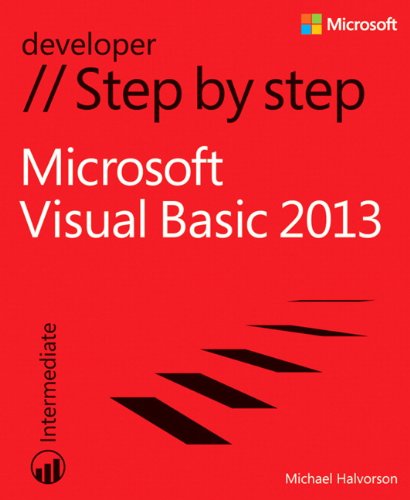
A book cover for Microsoft Visual Basic 2013 Step by Step (Step by Step Developer); Michael Halvorson; Computers & Technology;